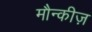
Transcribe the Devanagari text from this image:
मौन्कीज़